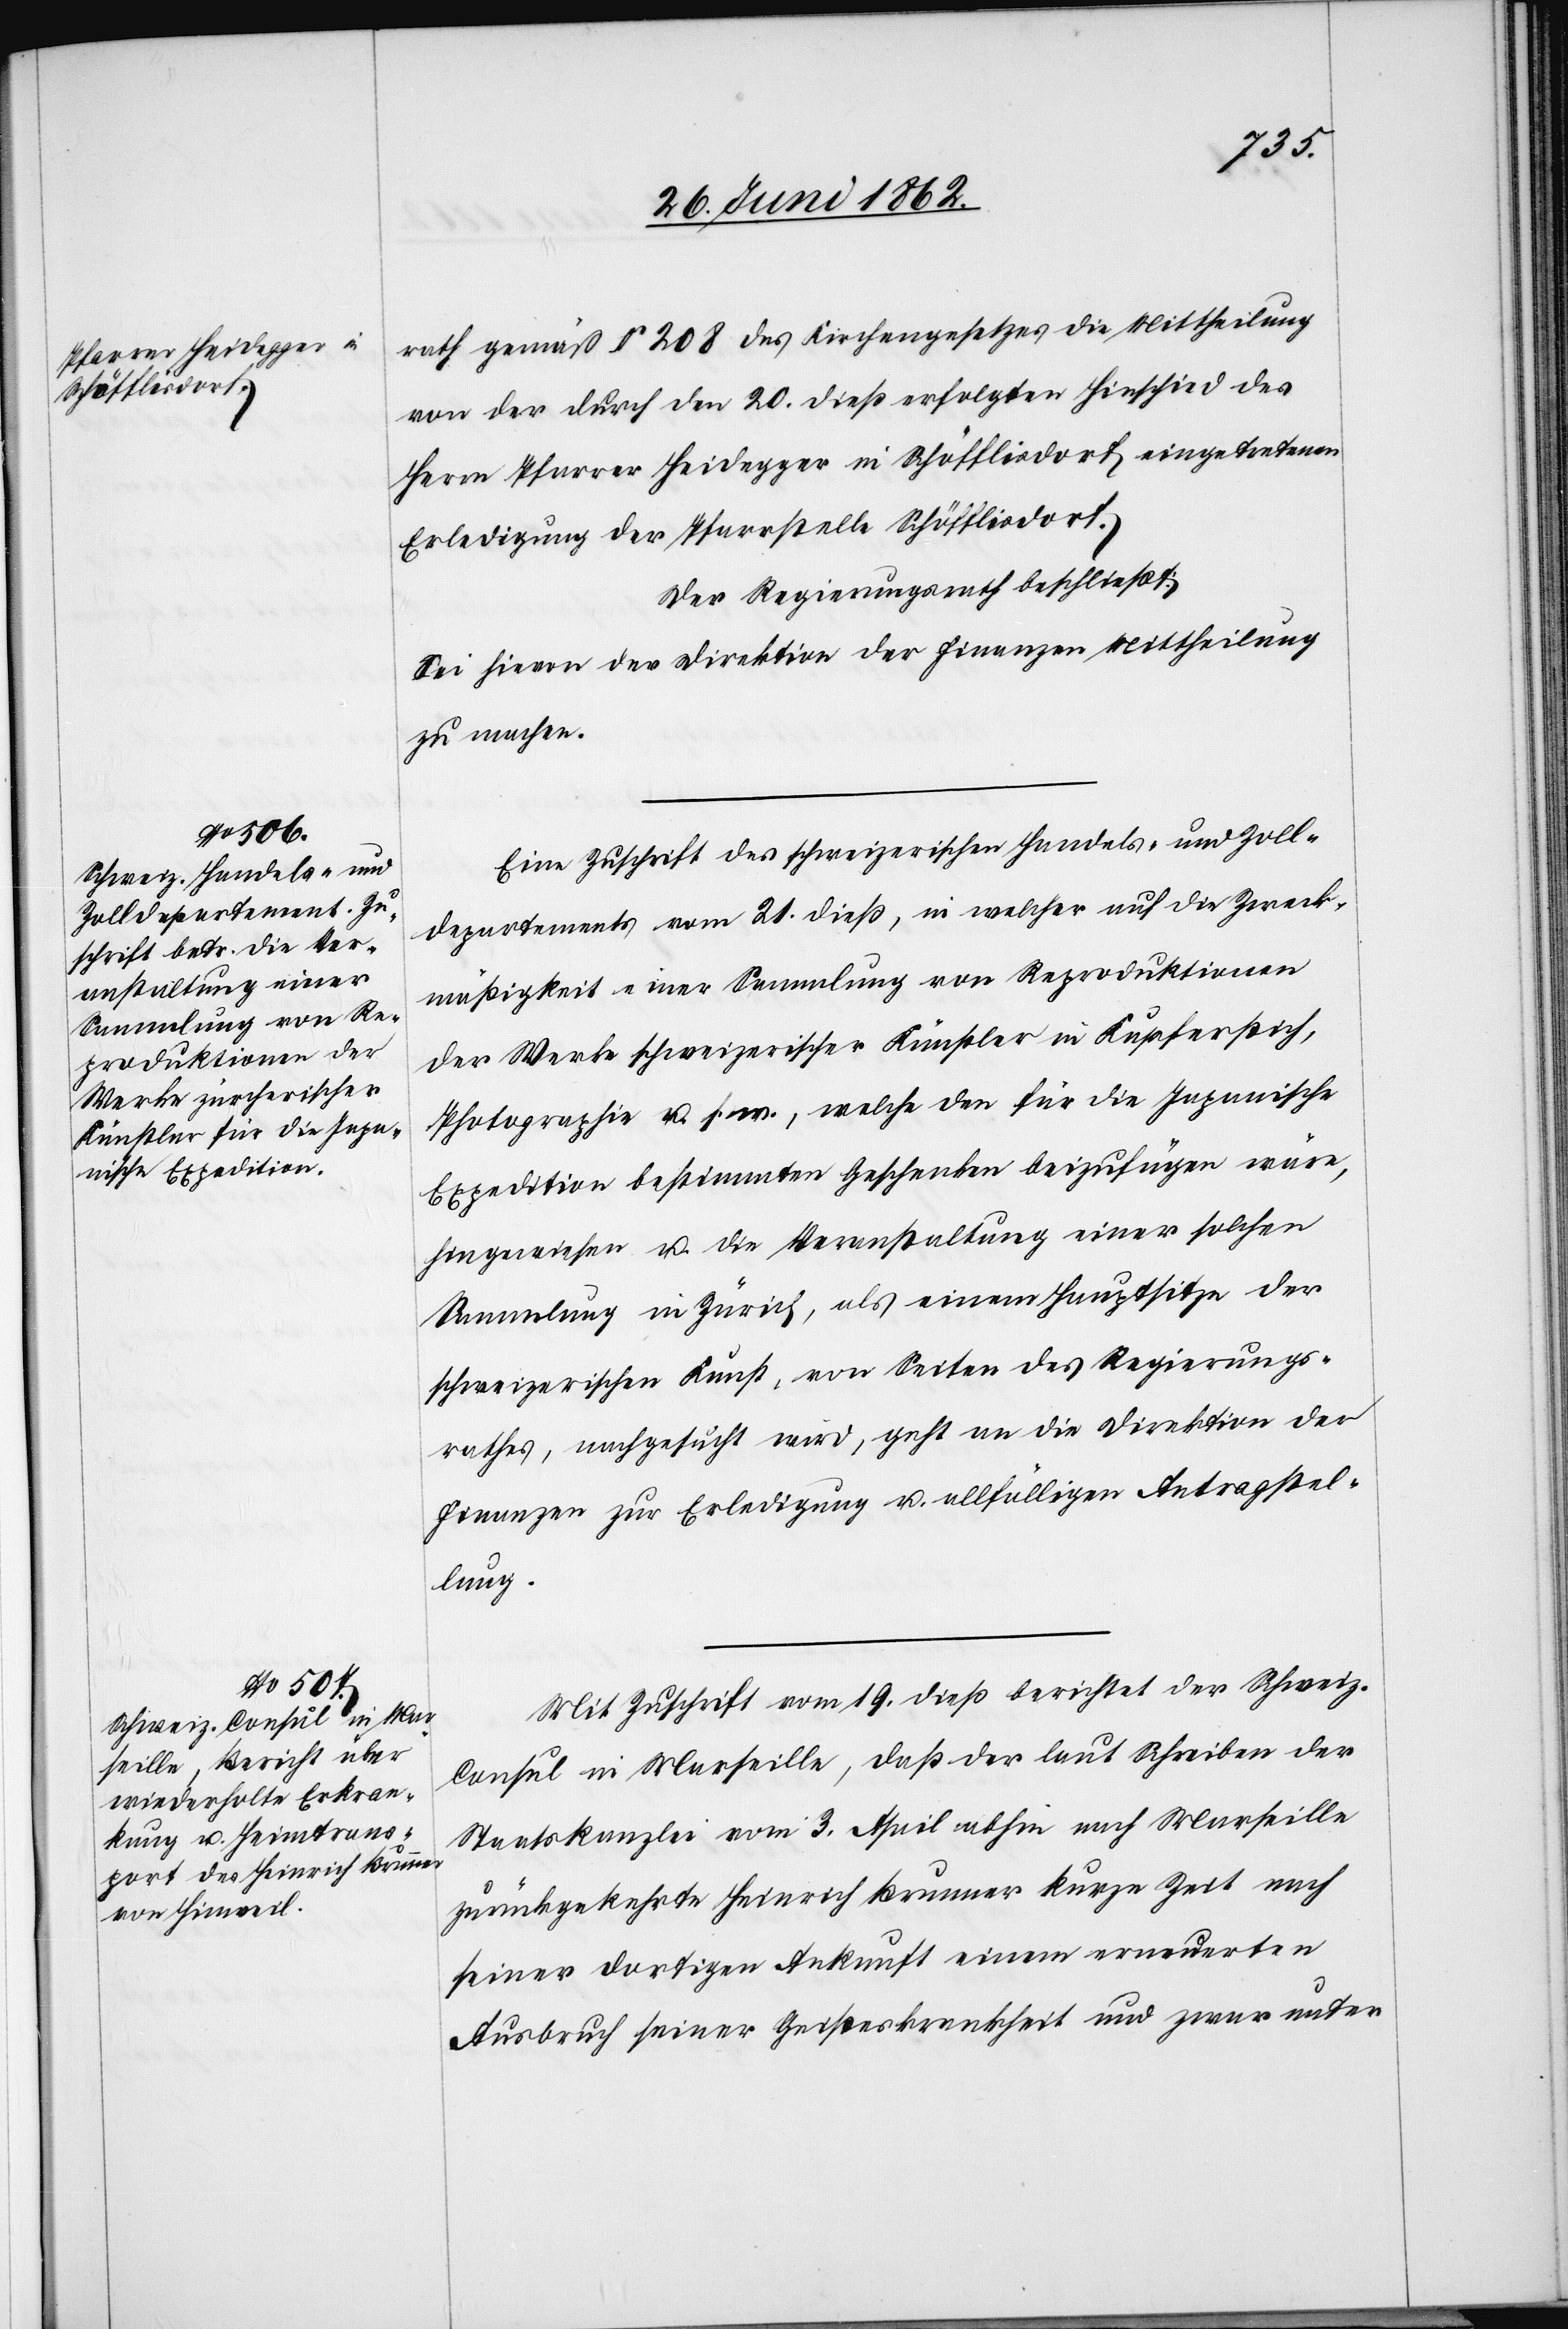
rath gemäß § 208 des Kirchengesetzes die Mittheilung
von der durch den 20. dieß erfolgten Hinschied des
Herrn Pfarrer Heidegger in Schöfflisdorf eingetretenen
Erledigung der Pfarrstelle Schöfflisdorf.
Der Regierungsrath beschließt:
Sei hievon der Direktion der Finanzen Mittheilung
zu machen.
Eine Zuschrift des schweizerischen Handels- und Zoll¬
departements vom 21. dieß, in welcher auf die Zweck¬
mäßigkeit einer Sammlung von Reproduktionen
der Werke schweizerischer Künstler in Kupferstich,
Photographie u. s. w., welche den für die Japanische
Expedition bestimmten Geschenken beizufügen wäre,
hingewiesen u. die Veranstaltung einer solchen
Sammlung in Zürich, als einem Hauptsitze der
schweizerischen Kunst, von Seiten des Regierungs¬
rathes, nachgesucht wird, geht an die Direktion der
Finanzen zur Erledigung u. allfälligen Antragstel¬
lung.
Mit Zuschrift vom 19. dieß berichtet der Schweiz.
Consul in Marseille, daß der laut Schreiben der
Staatskanzlei vom 3. April abhin nach Marseille
zurückgekehrte Heinrich Brunner kurze Zeit nach
seiner dortigen Ankunft einem erneuerten
Ausbruch seiner Geisteskrankheit und zwar unter